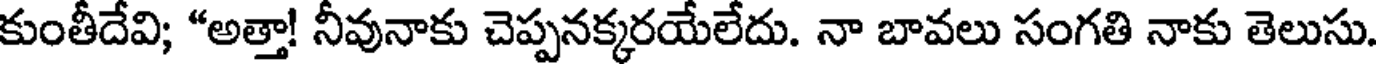
కుంతీదేవి; "అత్తా! నీవునాకు చెప్పనక్కరయేలేదు. నా బావలు సంగతి నాకు తెలుసు.